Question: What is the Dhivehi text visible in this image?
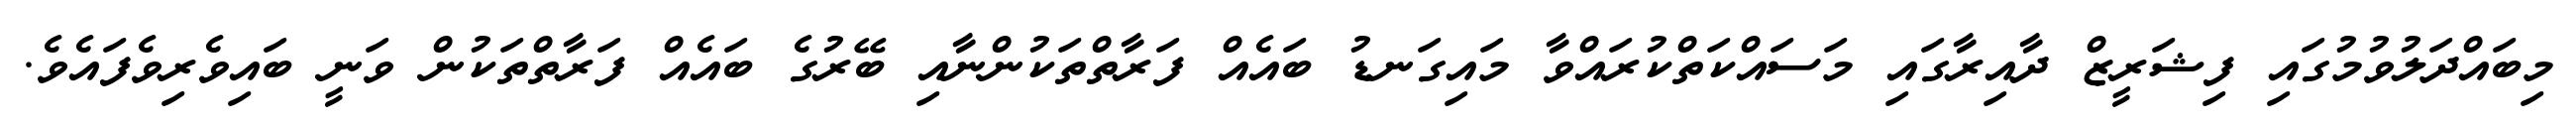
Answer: މިބައްދަލުވުމުގައި ފިޝަރީޒް ދާއިރާގައި މަސައްކަތްކުރައްވާ މައިގަނޑު ބައެއް ފަރާތްތަކުންނާއި ބޭރުގެ ބައެއް ފަރާތްތަކުން ވަނީ ބައިވެރިވެފައެވެ.